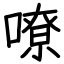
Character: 嘹